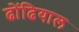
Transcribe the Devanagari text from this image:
ढोंढियाल